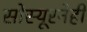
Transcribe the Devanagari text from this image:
सोस्यूरनेही